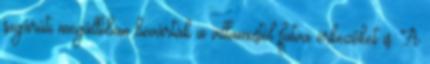
sugárúti megállóban bevárták a villamostól futva érkezőket is. A